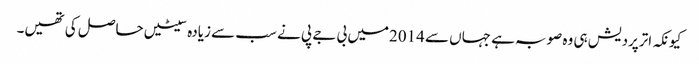
کیونکہ اترپردیش ہی وہ صوبہ ہے جہاں سے 2014میں بی جے پی نے سب سے زیادہ سیٹیں حاصل کی تھیں۔